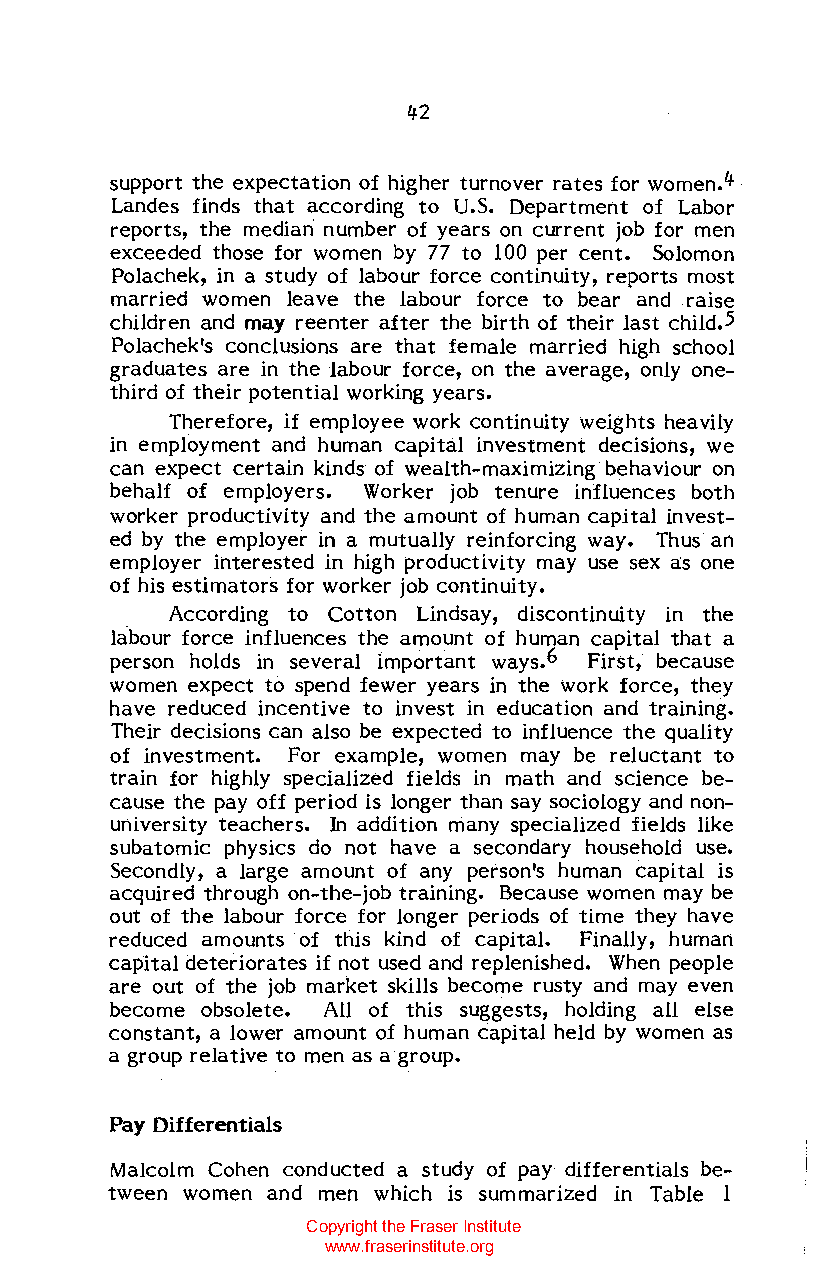
42
 support the expectation of higher turnover rates for women.4 .
 Landes finds that according to U.S. Department of Labor
 reports, the median· number of years on current job for men
 exceeded those for women by 77 to 100 per cent. Solomon
 Polachek, in a study of labour force continuity, reports most
 married women leave the labour force to bear and raise
 children and may reenter after the birth of their last child.5
 Polachek's conclusions are that female married high school
 graduates are in the labour force, on the average, only one
 third of their potential working years.
 Therefore, if employee work continuity weights heavily
 in employment and human capital investment decisions, we
 can expect certain kinds of wealth-maximizing behaviour on
 behalf of employers. Worker job tenure influences both
 worker productivity and the amount of human capital invest
 ed by the employer in a mutually reinforcing way. Thus an
 employer interested in high productivity may use sex as one
 of his estimators for worker job continuity.
 According to Cotton Lindsay, discontinuity in the
 labour force influences the amount of human capital that a
 person holds in several important ways.6 First, because
 women expect to spend fewer years in the work force, they
 have reduced incentive to invest in education and training.
 Their decisions can also be expected to influence the quality
 of investment. For example, women may be reluctant to
 train for highly specialized fields in math and science be
 cause the payoff period is longer than say sociology and non
 university teachers. In addition many specialized fields like
 subatomic physics do not have a secondary household use.
 Secondly, a large amount of any person's human capital is
 acquired through on-the-job training. Because women may be
 out of the labour force for longer periods of time they have
 reduced amounts of this kind of capital. Finally, human
 capital deteriorates if not used and replenished. When people
 are out of the job market skills become rusty and may even
 become obsolete. All of this suggests, holding all else
 constant, a lower amount of human capital held by women as
 a group relative to men as a group.
 Pay Differentials
 Malcolm Cohen conducted a study of pay differentials be
 tween women and men which is summarized in Table 1
 Copyright the Fraser Institute
 www.fraserinstitute.org